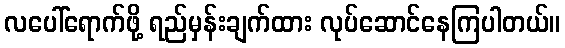
လပေါ်ရောက်ဖို့ ရည်မှန်းချက်ထား လုပ်ဆောင်နေကြပါတယ်။